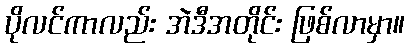
ပိုလင်ကာလည်း အဲဒီအတိုင်း ဖြစ်လာမှာ။